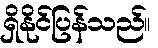
ရှိနိုင်ပြန်သည်။